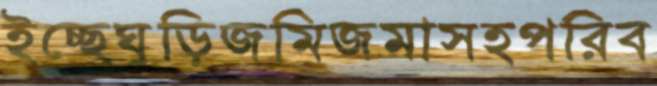
ইচ্ছেঘুড়িজমিজমাসহপরিব